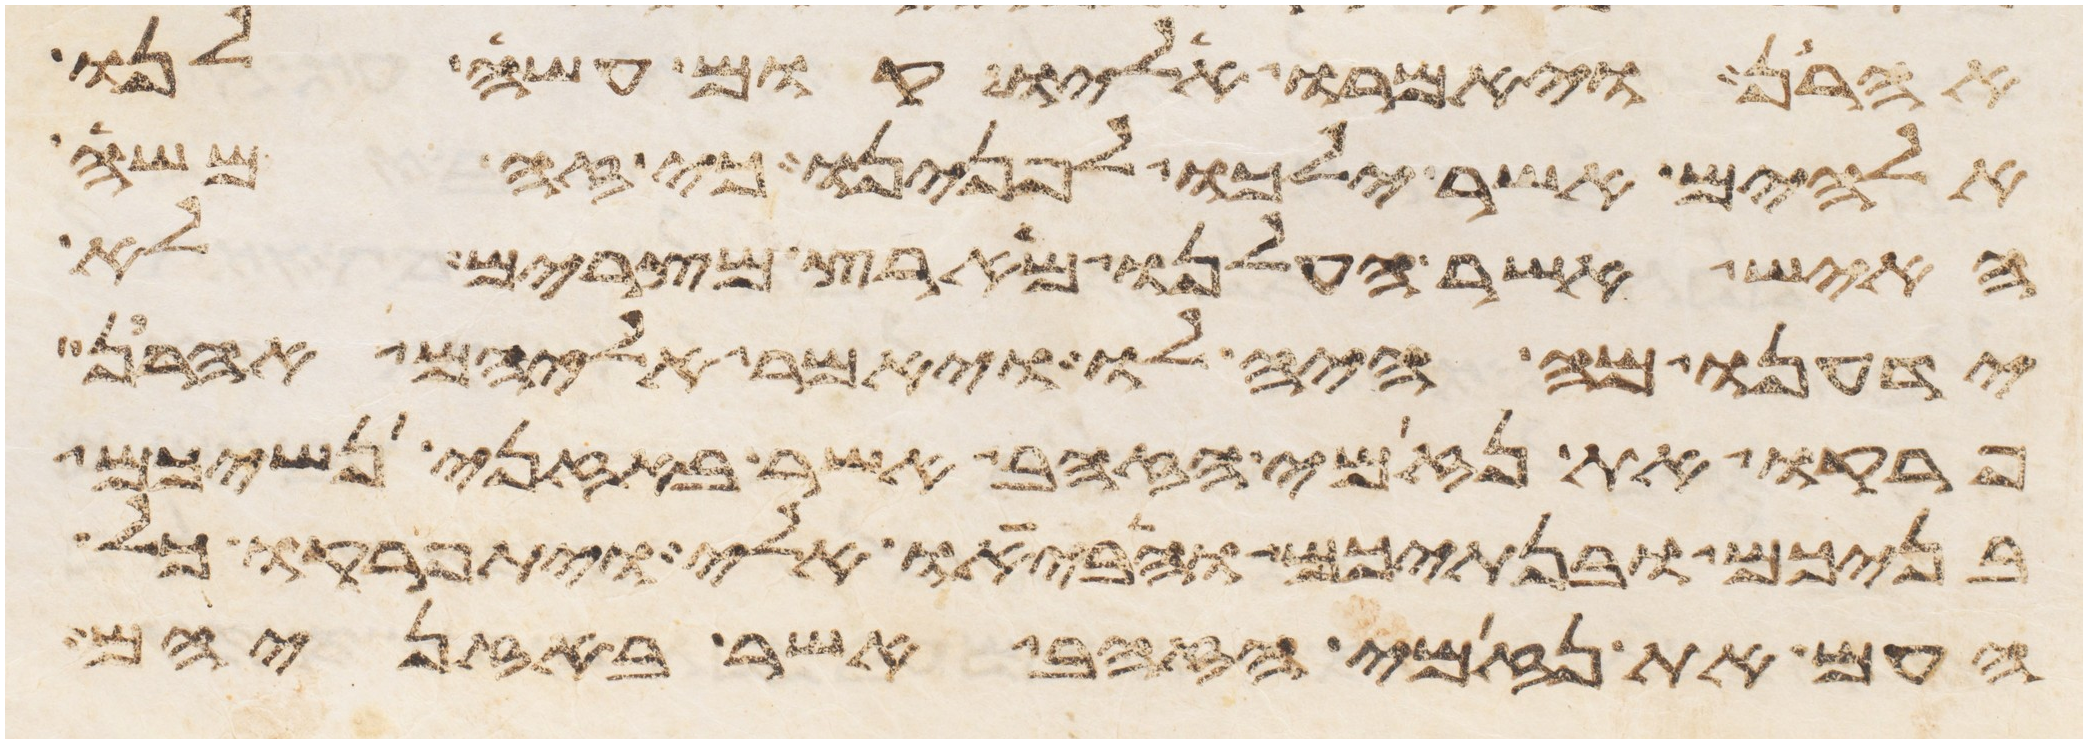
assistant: אהרן ויאמרו אליו קום עשה לנו
אלהים אשר ילכו לפנינו כי זה משה
האיש אשר העלנו מארץ מצרים לא
ידענו מה היה לו ויאמר אליהם אהרן
פרקו את נזמי הזהב אשר באזני נשיכם
בניכם ובנתיכם והביאו אלי ויתפרקו כל
העם את נזמי הזהב אשר באזניהם